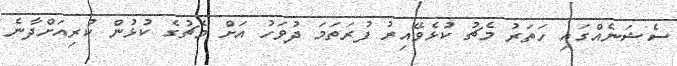
ސެޝަނެއްގައި ހަތަރު މެޗު ކުޅެވޭއިރު ފުރަތަމަ ދުވަހު އަށް މެޗުގެ ކުޅުން ކުރިއަށްދާނެ